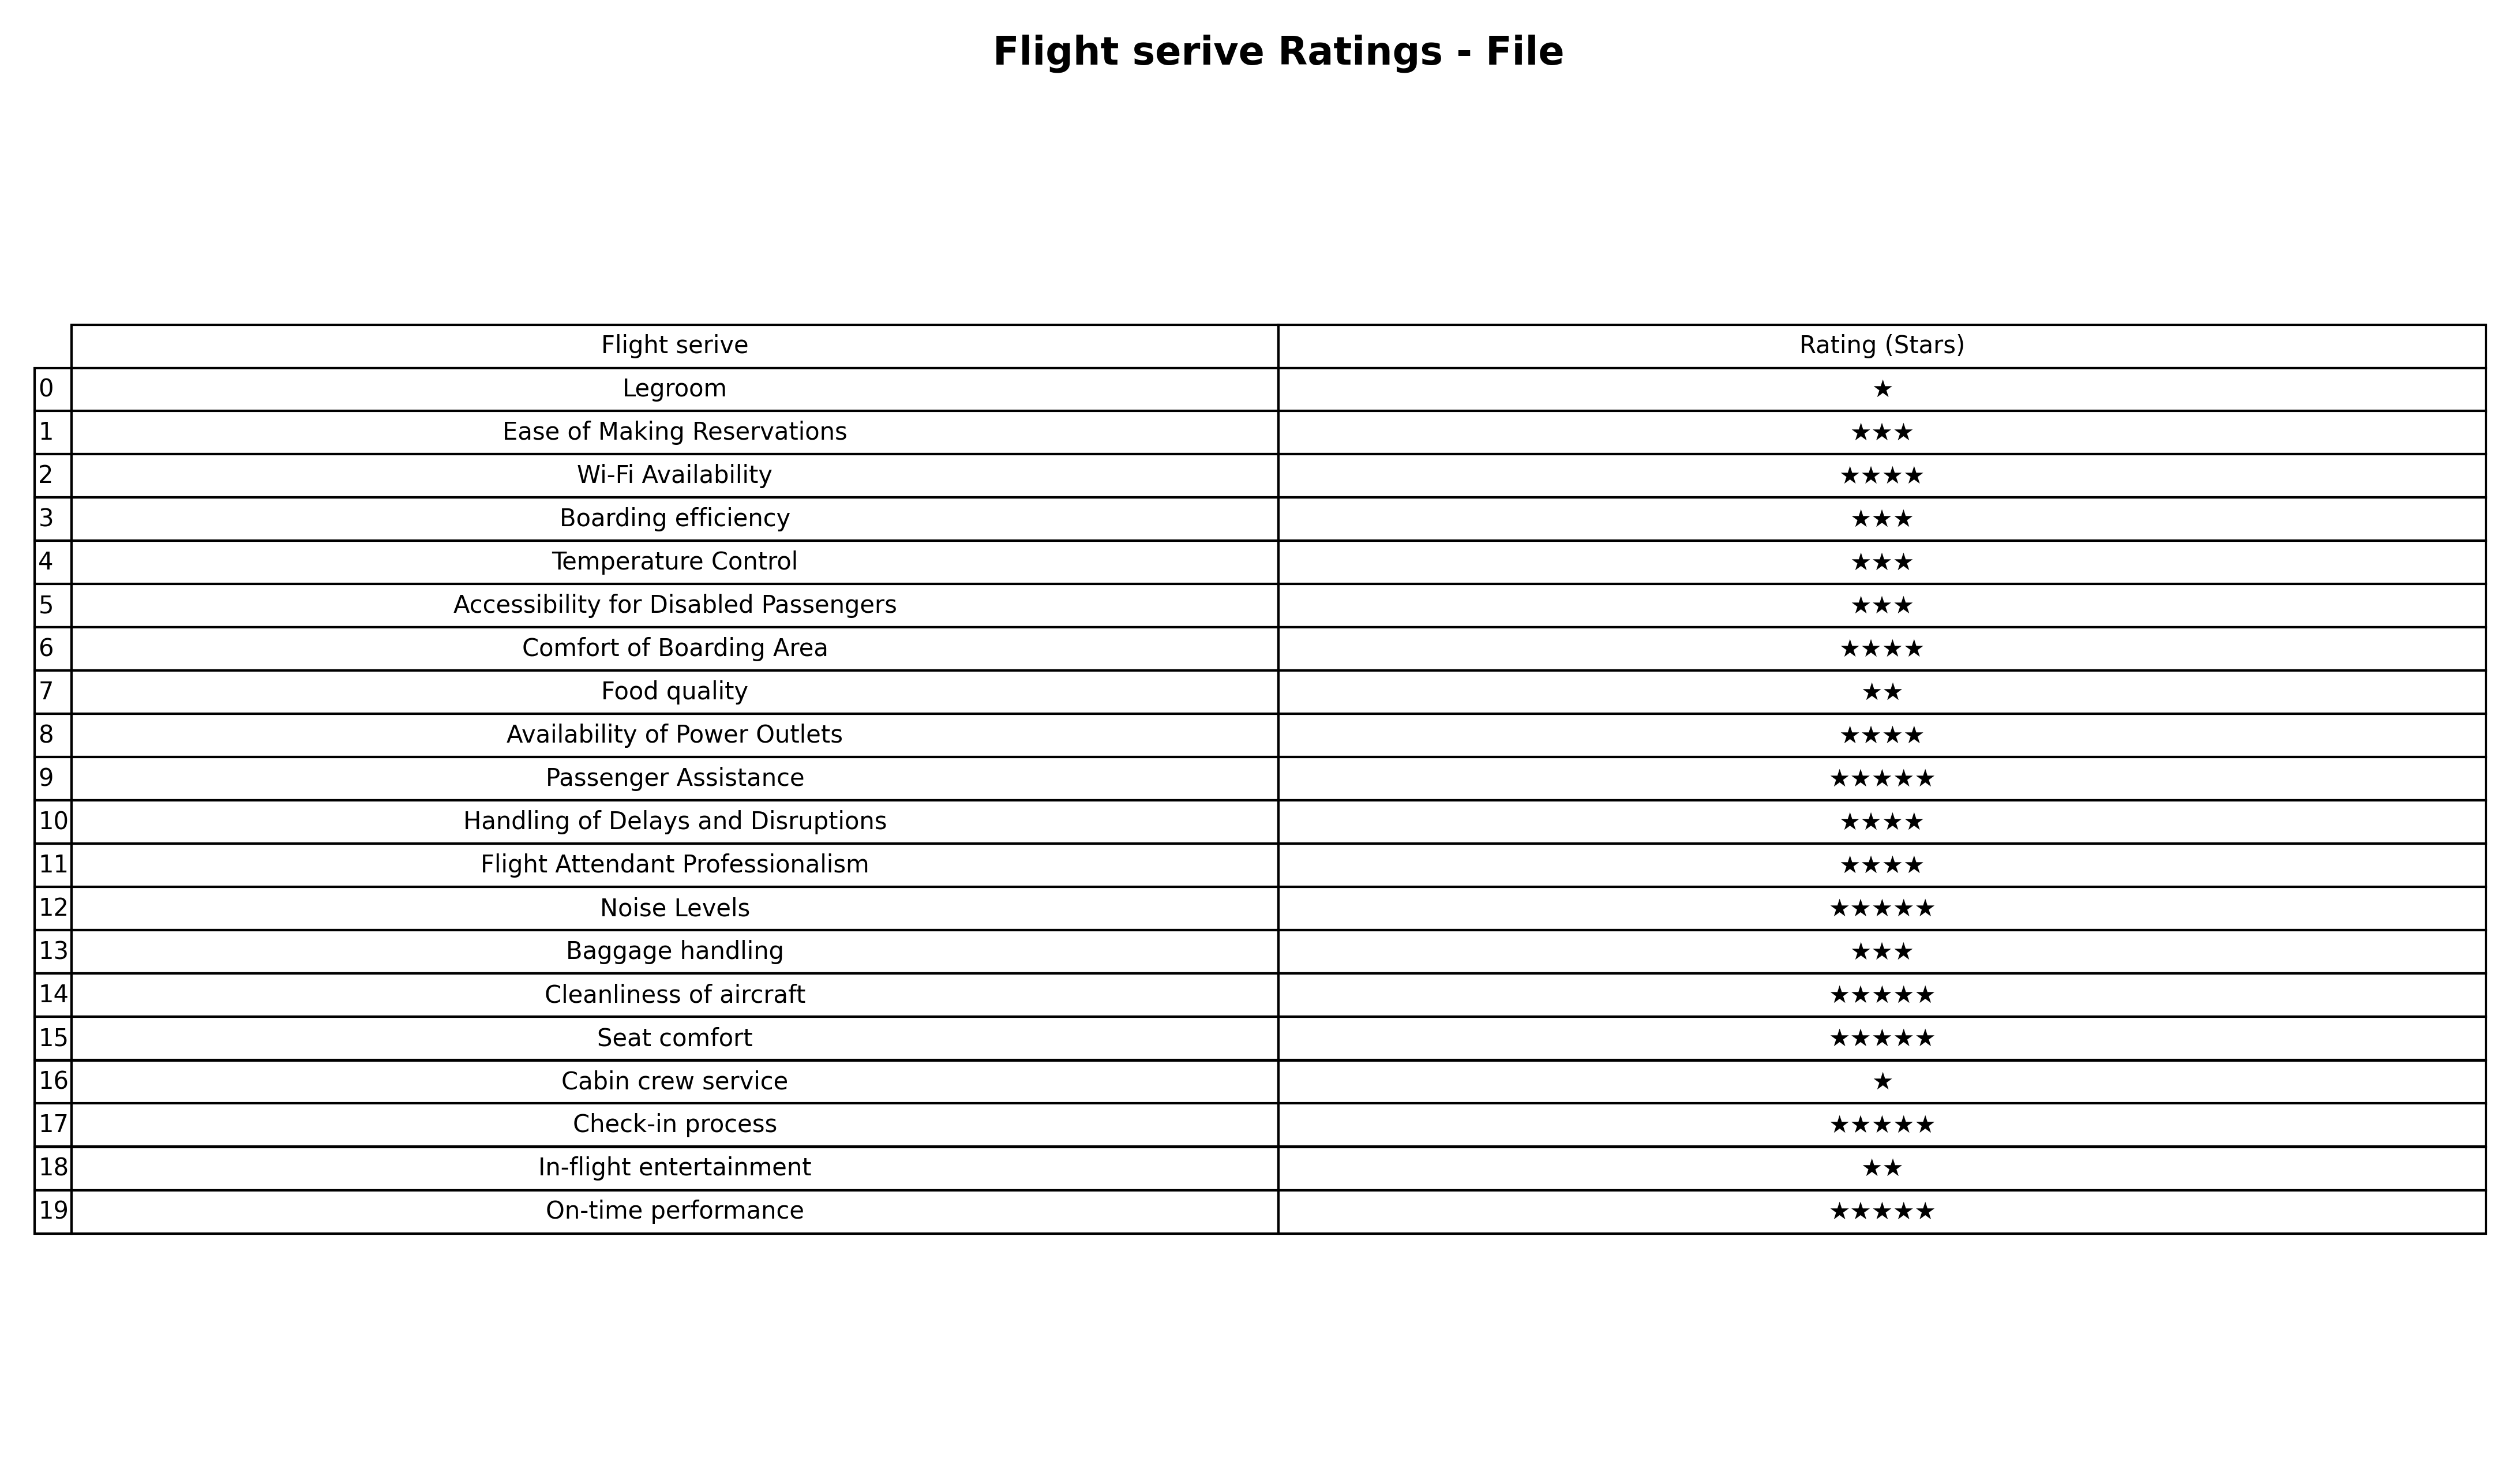
question: What is the rating of Noise Levels?
answer: ★★★★★